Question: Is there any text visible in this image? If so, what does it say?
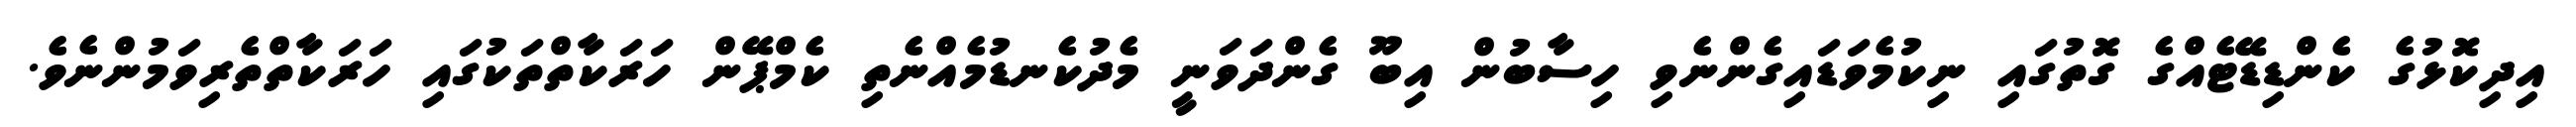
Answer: އިދިކޮޅުގެ ކެންޑިޑޭޓެއްގެ ގޮތުގައި ނިކުމެވަޑައިގެންނެވި ހިސާބުން އިބޫ ގެންދަވަނީ މެދުކެނޑުމެއްނެތި ކެމްޕޭން ހަރަކާތްތަކުގައި ހަރަކާތްތެރިވަމުންނެވެ.